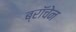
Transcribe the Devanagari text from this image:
ब्रॉचेन